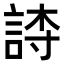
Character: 𬢫